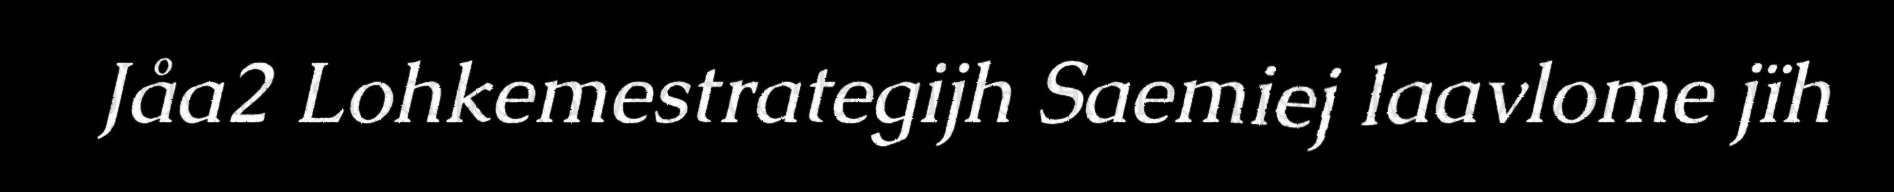
Jåa2 Lohkemestrategijh Saemiej laavlome jïh